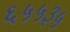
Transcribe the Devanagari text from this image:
६५५३५